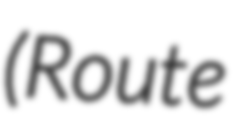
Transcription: (Route